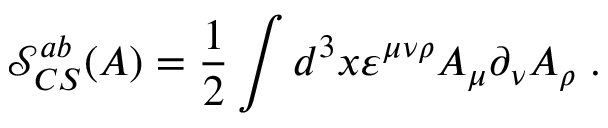
\mathcal { S } _ { C S } ^ { a b } ( A ) = \frac 1 2 \int d ^ { 3 } x \varepsilon ^ { \mu \nu \rho } A _ { \mu } \partial _ { \nu } A _ { \rho } \; .